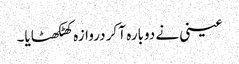
عینی نے دوبارہ آ کر دروازہ کھٹکھٹایا۔